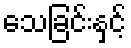
သေခြင်းနှင့်